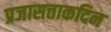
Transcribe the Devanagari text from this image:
प्रजासत्ताकदिन